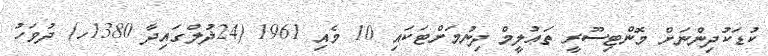
ކުޑަކުދިންނަށް މޮންޓިސޫރީ ތަޢުލީމް ދިނުމަށްޓަކައި 10 މެއި 1961 (24ޛުލްގައިދާ 1380ހ) ދުވަހު